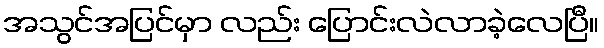
အသွင်အပြင်မှာ လည်း ပြောင်းလဲလာခဲ့လေပြီ။